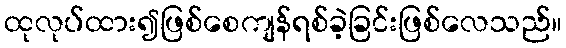
ထုလုပ်ထား၍ဖြစ်စေကျန်ရစ်ခဲ့ခြင်းဖြစ်လေသည်။